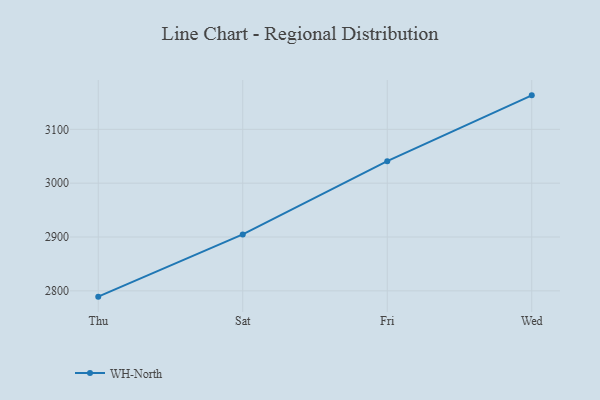
{"axis": {"x": "Day", "y": "LTV (USD)"}, "legend": ["WH-North"], "data": [{"x": "Thu", "y": 2789.2, "type": "WH-North"}, {"x": "Sat", "y": 2904.8, "type": "WH-North"}, {"x": "Fri", "y": 3040.8, "type": "WH-North"}, {"x": "Wed", "y": 3163.1, "type": "WH-North"}]}